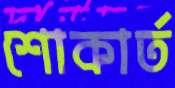
শোকার্ত